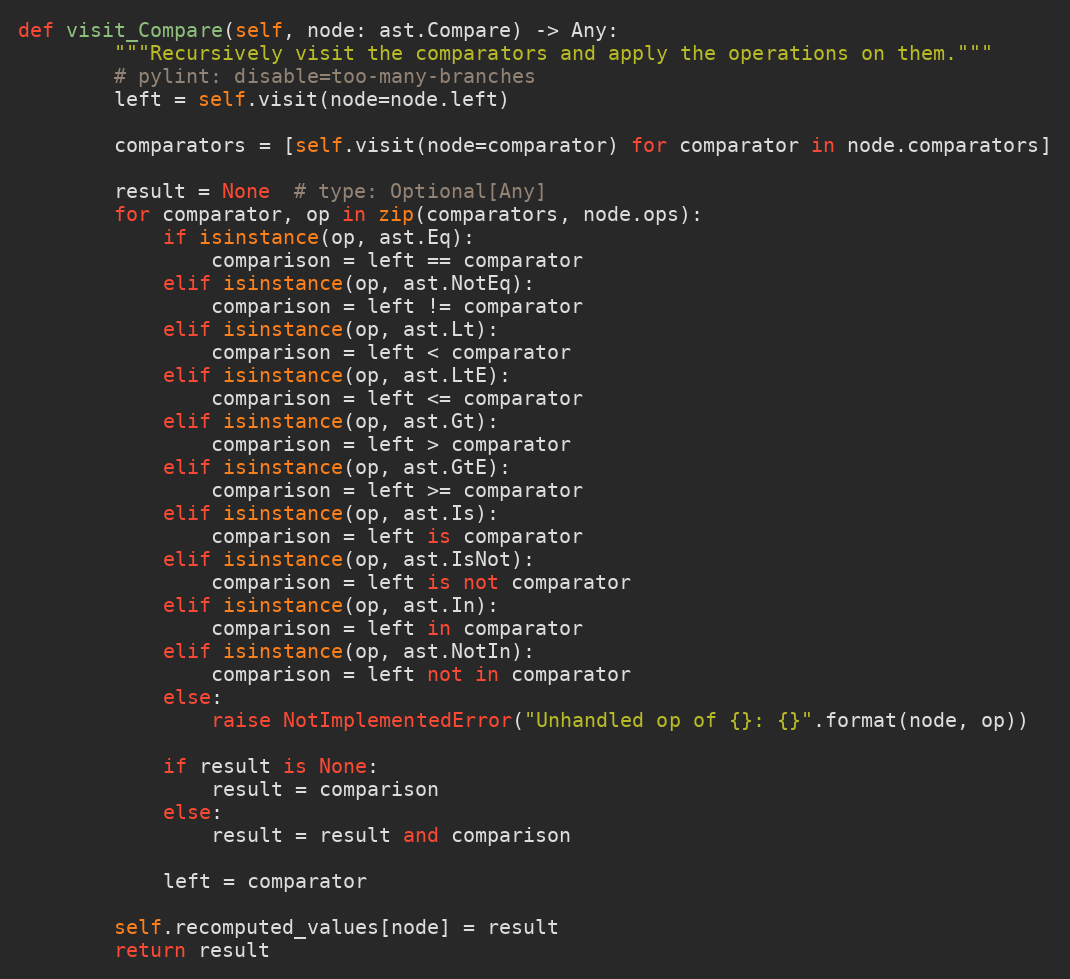
Language: Python
def visit_Compare(self, node: ast.Compare) -> Any:
        """Recursively visit the comparators and apply the operations on them."""
        # pylint: disable=too-many-branches
        left = self.visit(node=node.left)

        comparators = [self.visit(node=comparator) for comparator in node.comparators]

        result = None  # type: Optional[Any]
        for comparator, op in zip(comparators, node.ops):
            if isinstance(op, ast.Eq):
                comparison = left == comparator
            elif isinstance(op, ast.NotEq):
                comparison = left != comparator
            elif isinstance(op, ast.Lt):
                comparison = left < comparator
            elif isinstance(op, ast.LtE):
                comparison = left <= comparator
            elif isinstance(op, ast.Gt):
                comparison = left > comparator
            elif isinstance(op, ast.GtE):
                comparison = left >= comparator
            elif isinstance(op, ast.Is):
                comparison = left is comparator
            elif isinstance(op, ast.IsNot):
                comparison = left is not comparator
            elif isinstance(op, ast.In):
                comparison = left in comparator
            elif isinstance(op, ast.NotIn):
                comparison = left not in comparator
            else:
                raise NotImplementedError("Unhandled op of {}: {}".format(node, op))

            if result is None:
                result = comparison
            else:
                result = result and comparison

            left = comparator

        self.recomputed_values[node] = result
        return result